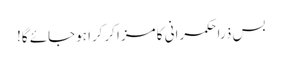
بس ذرا حکمرانی کا مزا کرکرا ہوجائے گا!